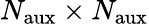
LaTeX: N_{\mathrm{aux}}\times N_{\mathrm{aux}}